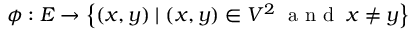
\phi : E \to \left\{ ( x , y ) \mid ( x , y ) \in V ^ { 2 } \; { \textrm { a n d } } \; x \neq y \right\}